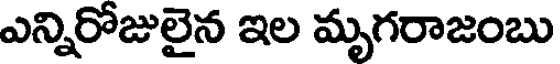
ఎన్నిరోజులైన ఇల మృగరాజంబు